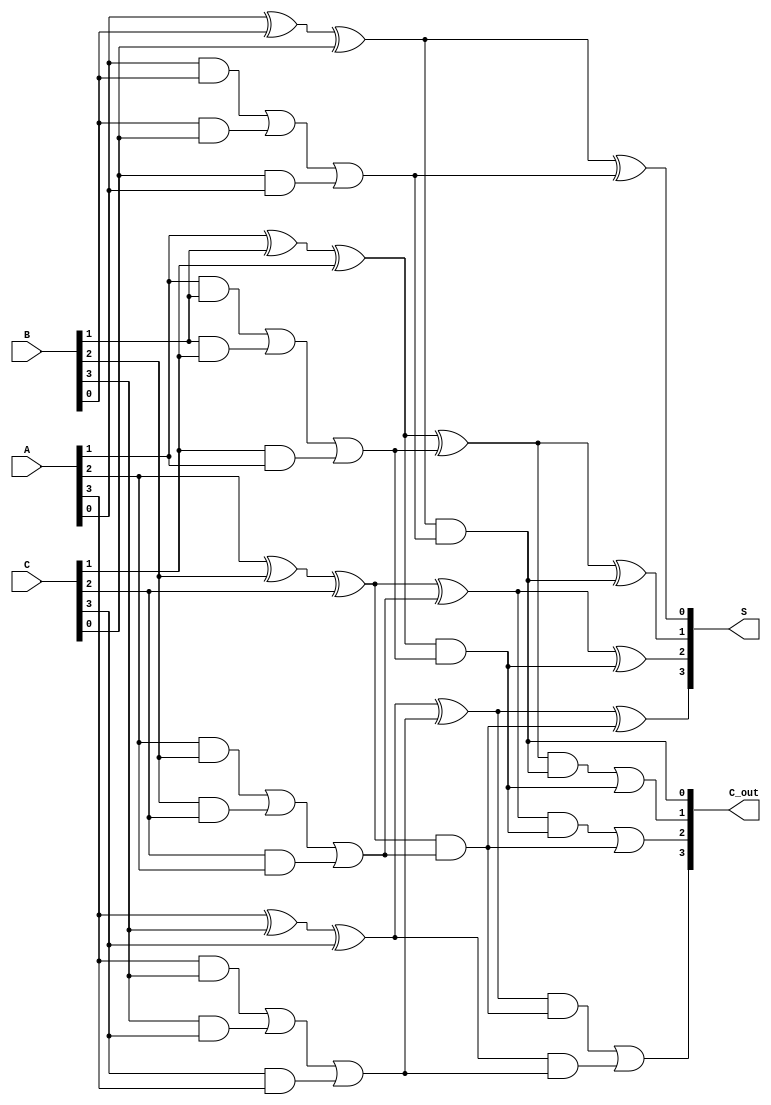
module CarrySaveAdder #(parameter N = 4) (
    input  [N-1:0] A,  // First operand
    input  [N-1:0] B,  // Second operand
    input  [N-1:0] C,  // Third operand
    output [N-1:0] S,  // Sum output
    output [N-1:0] C_out // Carry output
);

wire [N-1:0] sum1, carry1;
wire [N-1:0] sum2, carry2;

// First level of CSA
genvar i;
generate
    for (i = 0; i < N; i = i + 1) begin : first_level
        assign sum1[i] = A[i] ^ B[i] ^ C[i]; // Sum using XOR
        assign carry1[i] = (A[i] & B[i]) | (B[i] & C[i]) | (C[i] & A[i]); // Carry using AND
    end
endgenerate

// Second level of CSA (combining sum1 and carry1 with another set of inputs, if needed)
generate
    for (i = 0; i < N; i = i + 1) begin : second_level
        assign sum2[i] = sum1[i] ^ carry1[i]; // Sum of previous sum and carry
        assign carry2[i] = sum1[i] & carry1[i]; // Carry from previous sum and carry
    end
endgenerate

// Final stage to combine the last sum and carry
generate
    for (i = 0; i < N; i = i + 1) begin : final_stage
        if (i == 0) begin
            assign S[i] = sum2[i]; // Final sum
            assign C_out[i] = carry2[i]; // Final carry
        end else begin
            assign S[i] = sum2[i] ^ carry2[i-1]; // Final sum with carry from previous bit
            assign C_out[i] = (sum2[i] & carry2[i-1]) | carry2[i]; // Final carry
        end
    end
endgenerate

endmodule